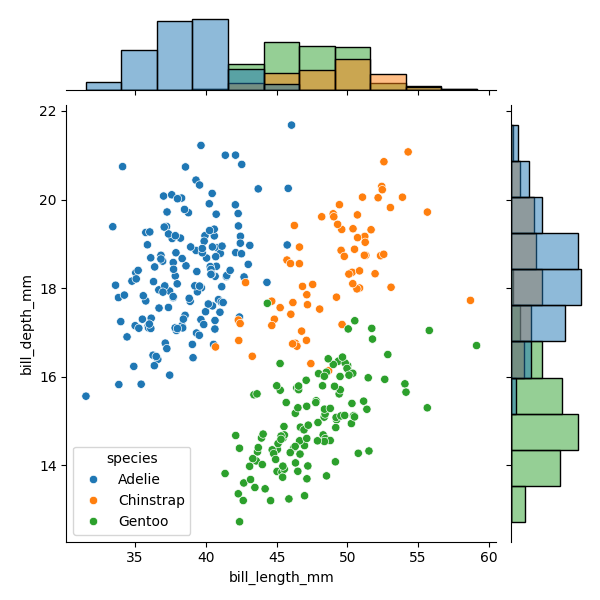
python, seaborn, JointGrid, scatterplot, histplot, hue